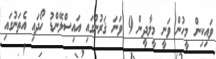
ވައިކިން މީހުން ވަނީ މީލާދީން 9 ވަނަ ޤަރުނުގައި އައިސްލޭންޑު ހޯދައި އެތަނުގައި